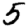
Digit: 5